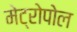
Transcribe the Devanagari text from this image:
मेट्रोपोल